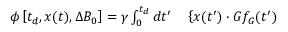
\begin{array} { r l } { \phi \left[ t _ { d } , \boldsymbol { x } ( t ) , \Delta B _ { 0 } \right] = \gamma \int _ { 0 } ^ { t _ { d } } d t ^ { \prime } } & { { } \left\{ \boldsymbol { x } ( t ^ { \prime } ) \cdot \boldsymbol { G } f _ { G } ( t ^ { \prime } ) \right. } \end{array}